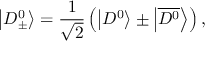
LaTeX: \left| D _ { \pm } ^ { 0 } \right\rangle = \frac { 1 } { \sqrt { 2 } } \left( \left| D ^ { 0 } \right\rangle \pm \left| \overline { { { D ^ { 0 } } } } \right\rangle \right) ,